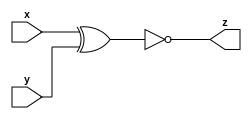
module B( input x,y, output z);
  xnor a1(z,x,y);
  
endmodule